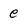
Character: e